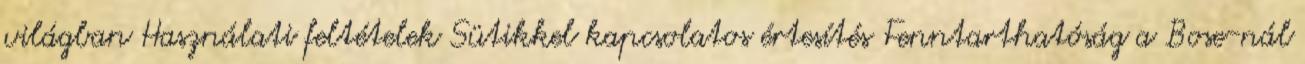
világban Használati feltételek Sütikkel kapcsolatos értesítés Fenntarthatóság a Bose-nál